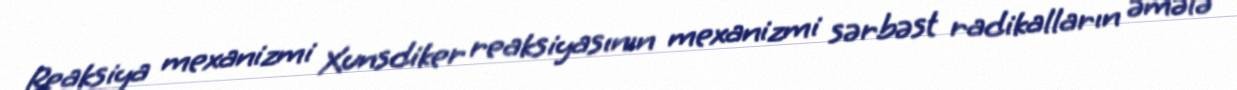
Reaksiya mexanizmi Xunsdiker reaksiyasının mexanizmi sərbəst radikalların əmələ